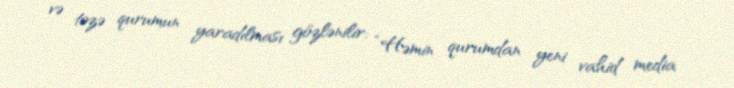
və təzə qurumun yaradılması gözlənilir: “Həmin qurumdan yeni vahid media